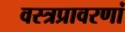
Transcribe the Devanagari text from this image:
वस्त्रप्रावरणां